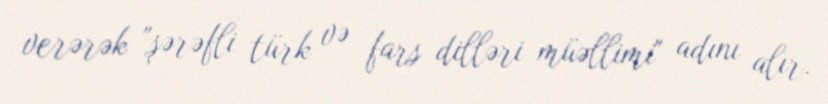
verərək "şərəfli türk və fars dilləri müəllimi" adını alır.